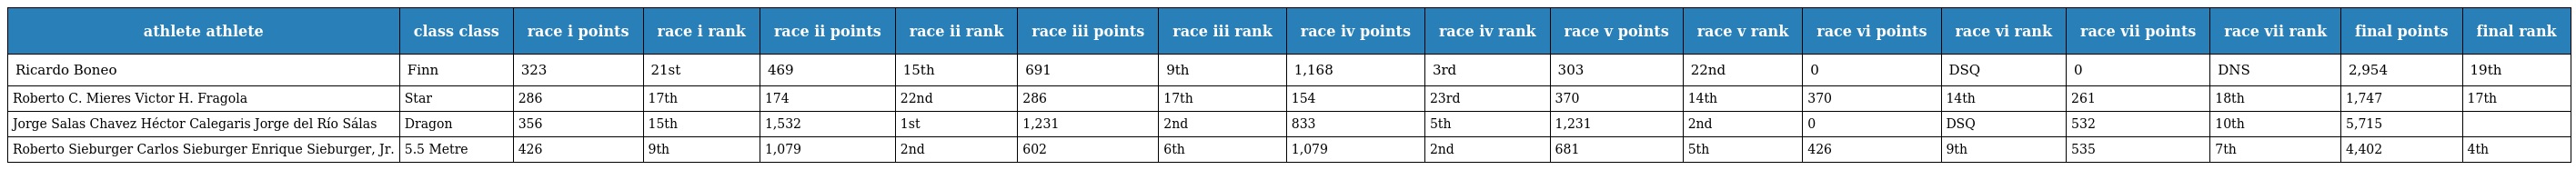
| athlete athlete | class class | race i points | race i rank | race ii points | race ii rank | race iii points | race iii rank | race iv points | race iv rank | race v points | race v rank | race vi points | race vi rank | race vii points | race vii rank | final points | final rank |
 | --- | --- | --- | --- | --- | --- | --- | --- | --- | --- | --- | --- | --- | --- | --- | --- | --- | --- |
 | Ricardo Boneo | Finn | 323 | 21st | 469 | 15th | 691 | 9th | 1,168 | 3rd | 303 | 22nd | 0 | DSQ | 0 | DNS | 2,954 | 19th |
 | Roberto C. Mieres Victor H. Fragola | Star | 286 | 17th | 174 | 22nd | 286 | 17th | 154 | 23rd | 370 | 14th | 370 | 14th | 261 | 18th | 1,747 | 17th |
 | Jorge Salas Chavez Héctor Calegaris Jorge del Río Sálas | Dragon | 356 | 15th | 1,532 | 1st | 1,231 | 2nd | 833 | 5th | 1,231 | 2nd | 0 | DSQ | 532 | 10th | 5,715 |  |
 | Roberto Sieburger Carlos Sieburger Enrique Sieburger, Jr. | 5.5 Metre | 426 | 9th | 1,079 | 2nd | 602 | 6th | 1,079 | 2nd | 681 | 5th | 426 | 9th | 535 | 7th | 4,402 | 4th |